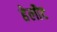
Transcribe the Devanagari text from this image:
हेलौट